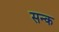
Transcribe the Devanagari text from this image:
सन्क